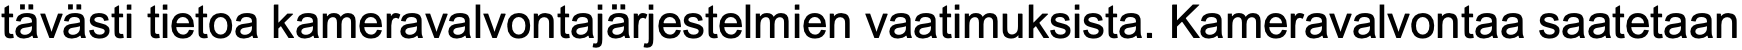
tävästi tietoa kameravalvontajärjestelmien vaatimuksista. Kameravalvontaa saatetaan